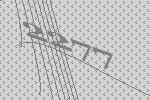
2277